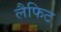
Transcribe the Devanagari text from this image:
लैफिट